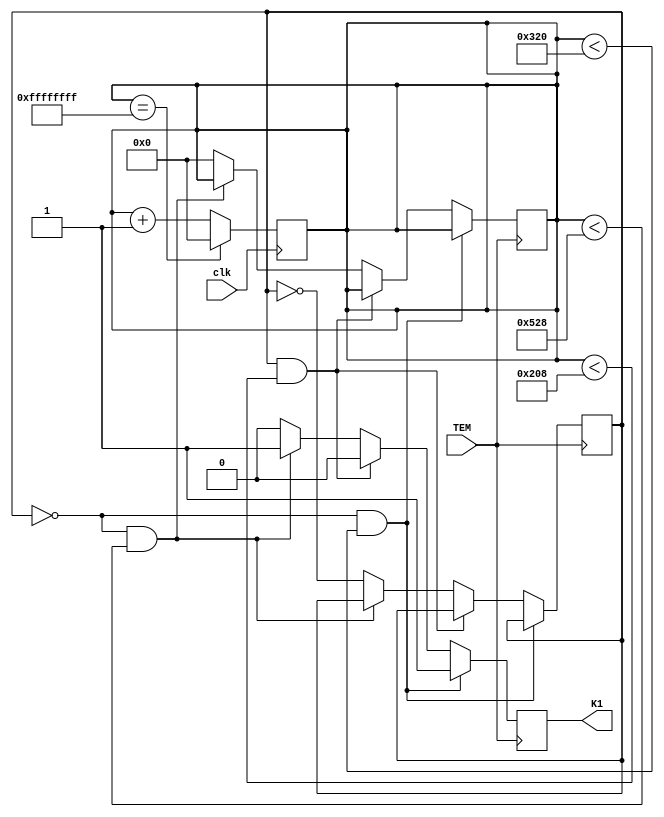

module DoublePulse(
  input clk,
  input TEM,
  output reg K1
);

  reg [31:0] dbl_count;
  reg pulse_state;

  always @(posedge clk) begin
    // Counter to measure time
    if (dbl_count == 32'hFFFFFFFF) begin
      dbl_count <= 0;
    end 
	else begin
      dbl_count <= dbl_count + 1;
    end
  end

  always @(posedge TEM) begin
    // On every rising edge of TEM
    if (!pulse_state && (dbl_count <  31'd800 )) begin // 20us high
      K1 <= 1;
    end
	else if (pulse_state && (dbl_count < 31'd520 )) begin // 13us low
      K1 <= 0;
    end
	else if (!pulse_state && (dbl_count < 31'd1320)) begin // 20us high (total 20us + 13us)
      K1 <= 1;
    end 
	else begin
      K1 <= 0;
      pulse_state <= ~pulse_state; // Toggle pulse state
      dbl_count <= 0;
    end
  end

endmodule